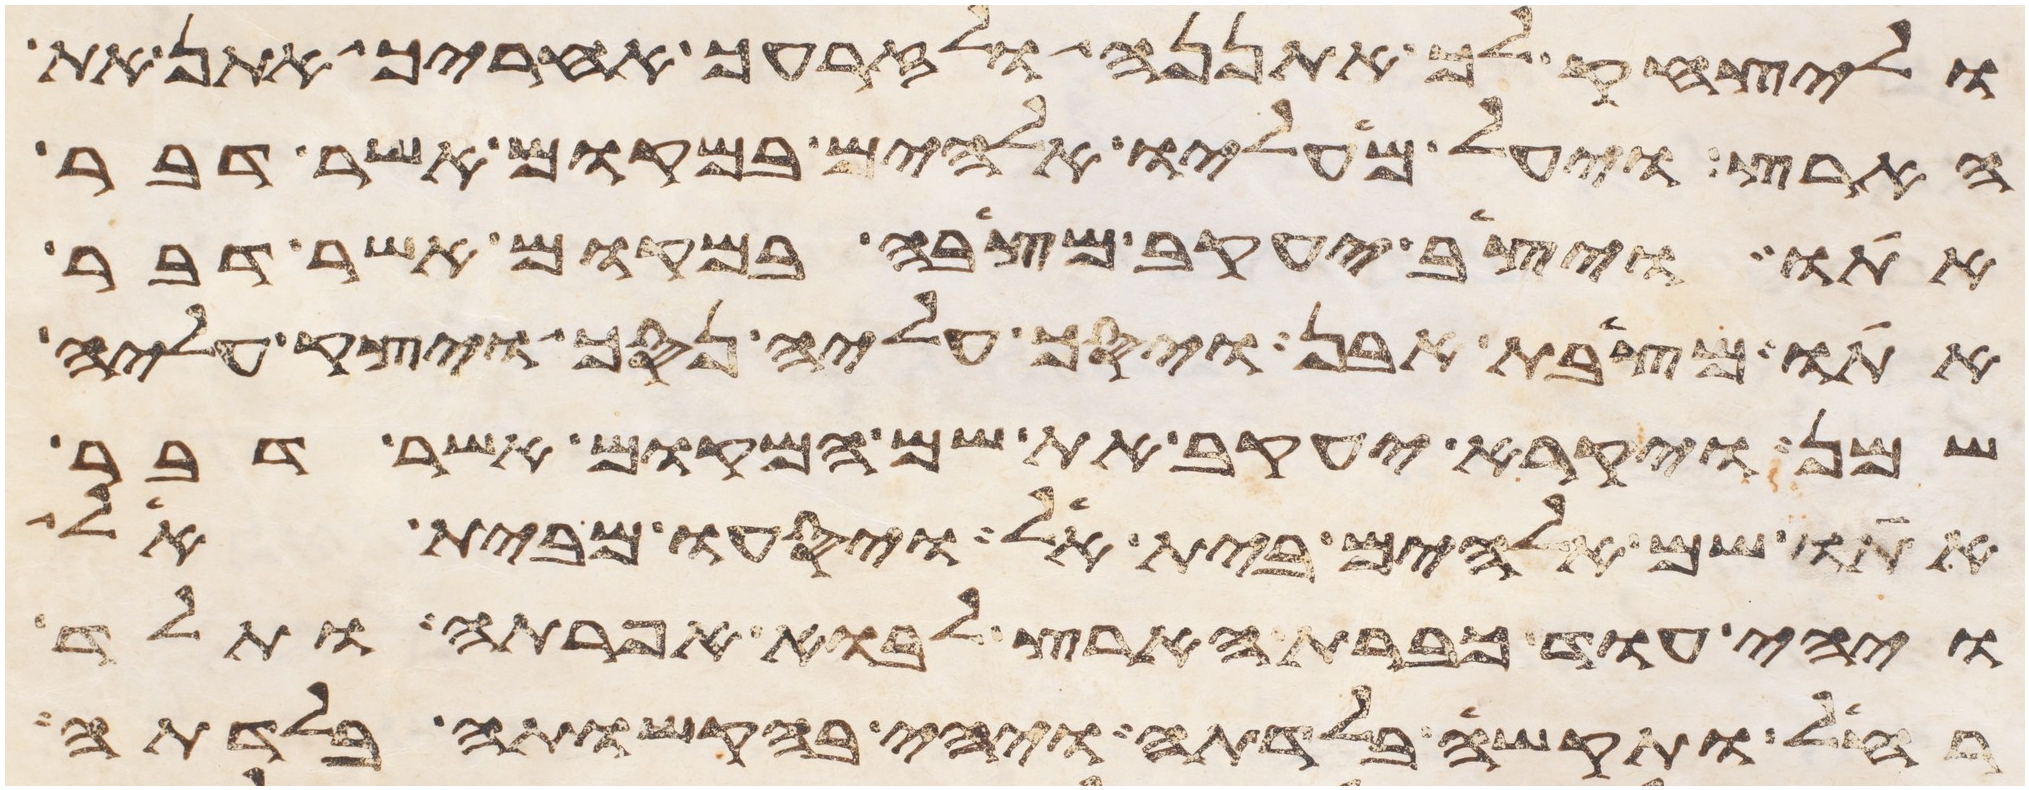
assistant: וליצחק לך אתננה ולזרעך אחריך אתן את
הארץ ויעל מעליו אלהים במקום אשר דבר
אתו ויצב יעקב מצבה במקום אשר דבר
אתו מצבת אבן ויסך עליה נסך ויצק עליה
שמן ויקרא יעקב את שם המקום אשר דבר
אתו שם אלהים בית אל ויסעו מבית אל
ויהי עוד כברת הארץ לבוא אפרתה ותלד
רחל ותקש בלדתה ויהי בהקשותה בלדתה